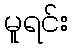
မူရင်း